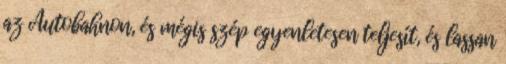
az Autobahnon, és mégis szép egyenletesen teljesít, és lassan